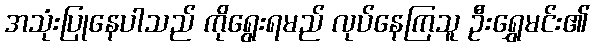
အသုံးပြုနေပါသည် ကိုရွေးရမည် လုပ်နေကြသူ ဦးရွှေမင်း၏